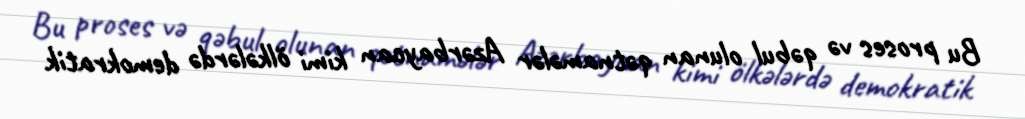
Bu proses və qəbul olunan qətnamələr Azərbaycan kimi ölkələrdə demokratik